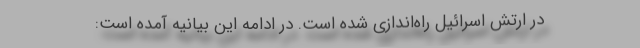
در ارتش اسرائیل راه‌اندازی شده است. در ادامه این بیانیه آمده است: